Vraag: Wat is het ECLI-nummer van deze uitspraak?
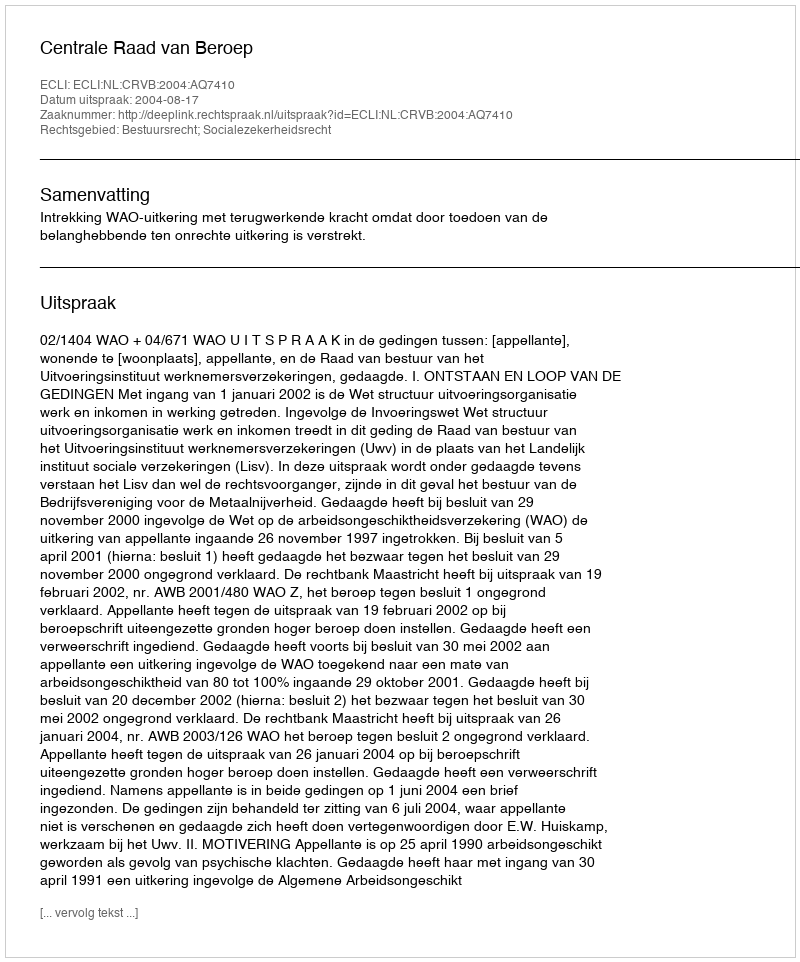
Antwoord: ECLI:NL:CRVB:2004:AQ7410